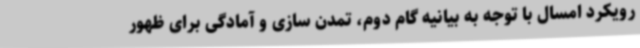
رویکرد امسال با توجه به بیانیه گام دوم، تمدن سازی و آمادگی برای ظهور